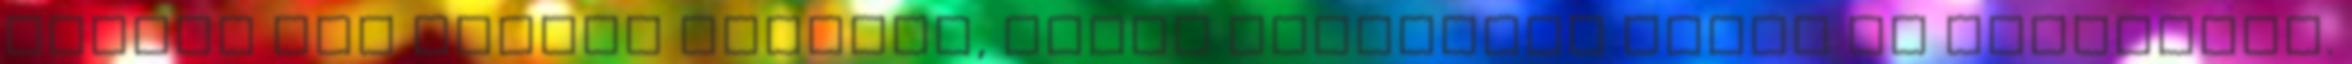
vannak nem csupán tárgyak, hanem emlékeink őrzői és szemtanúi.